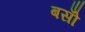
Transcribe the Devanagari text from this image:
बसोँ